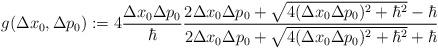
LaTeX: \begin{align*}g(\Delta x_{0}, \Delta p_{0}) := 4 \frac{\Delta x_{0} \Delta p_{0}}{\hbar}\frac{2 \Delta x_{0} \Delta p_{0} + \sqrt{4 (\Delta x_{0} \Delta p_{0})^2 +{\hbar}^2} -\hbar}{2 \Delta x_{0} \Delta p_{0} +\sqrt{4 (\Delta x_{0} \Delta p_{0})^2 +{\hbar}^2} +\hbar}\end{align*}